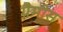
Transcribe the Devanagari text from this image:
ग्रैमीस